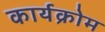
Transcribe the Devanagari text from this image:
कार्यक्रोम